Report on lock hospitals in British Burma
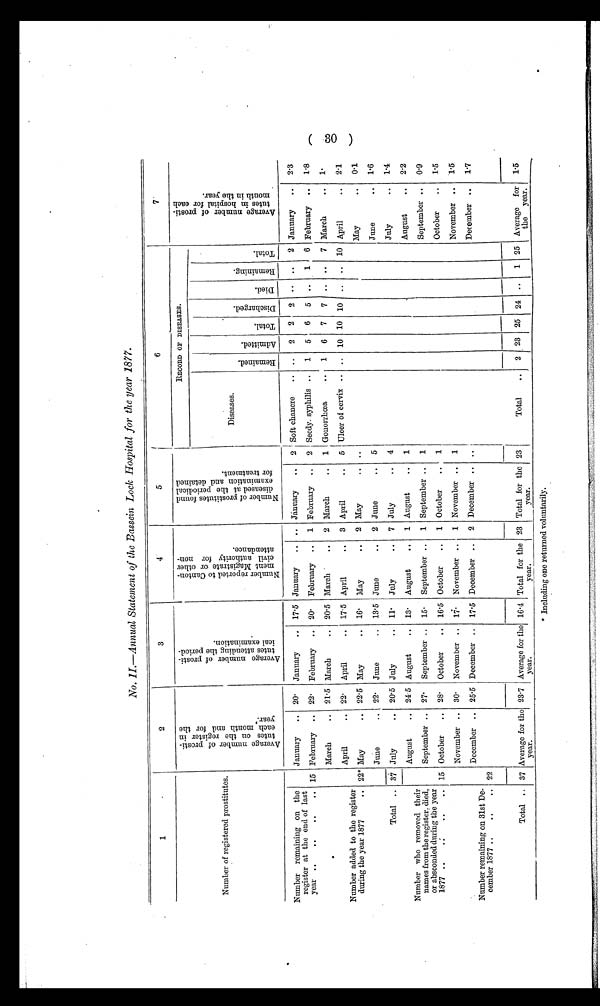
No. II.—Annual Statement of the Bassein Lock Hospital for the year 1877.
1
2
3
4
5
6
7
Number of registered prostitutes.
A v e r a g e n u m b e r o f p r o s t i - t u t e s o n t h e r e g i s t e r i n e a c h m o n t h a n d f o r t h e y e a r .
A v e r a g e n u m b e r o f p r o s t i - t u t e s a t t e n d i n g t h e p e r i o d - i c a l e x m i n a t i o n . t
N u m b e r r e p o r t e d t o C a n t o n - m e n t M a g i s t r a t e o r o t h e r C i v i l a u t h o r i t y f o r n o n - a t t e n d a n c e .
N u m b e r o f p r o s t i t u t e s f o u n d d i s e a e d a t t h e p e r o d i c a l e x m i n a t i o n a n d d e t a i n e d f o r t r e a t m e n t .
RECORD OF DI SEASES.
A v e r a g e n u m b e r o f p r o s t i - t u t e s i n h o s p i t a l f o r e a c h m o n t h i n t h e y e a r .
Di seases.
R e m a i n e d . Ad mi t t e d .
T o t a l .
D i s c h a r g e d .
D i e d .
Re ma i n i n g .
T o t a l .
Number remaining on the
register at the end of last
year
15
January .. 20' January .. 17.5 January
. . . . January
. . 2
I Soft chancre
. . . . 2 2 2 . .
. . 2 January
. . 2.3
February
. . 1 February
. . 2 Seedy. syphilis . . 1 5 6 5
. . 1 6 February . . 1.8
February .. 22. February .. 20.
Number added to the register
during the year 1877
. .
March
. 21.5 March
.. 20.5 March
. . 2 March
. . 1 Gonorrhœa
. 1 6 7 7 . .
. . 7 March
. . 1.
April
.. 22. April
.. 17.5 April
. . 3 April
. . 5 Ulcer of cervix . . . . 10 10 10
. .
. . 10 April
. . 2.1
22* May
.. 22.5 May
.. 16. May
. 2 May
. . ..
May
. . 0.1
Total . . 37
June
.. 22. June
. . 13.5 June
. . 2 June
. 5
June
. . 1.6
July
20.5 July
.. 11. July
. . 7 July
. . 4
July
. . 1.4
August
.. 24-5 August
.. 13. August
. . 1 August
. . 1
August
. . 2.2
Number who removed their
names from the register, died,
or absconded during the year
1877 ..
. :
. .
. . 15
September ..
October
..
27.
28.
September ..
October
..
15.
16.5
September ..
October
. .
1
1
September ..
October
. .
1
1
September
October
. .
. .
0.9
1.5
November .. 30. November .. 17. November . . 1 November . . 1
November . . 1.5
December .. 25.5 December .. 17.5 December . . 2 December . . ..
December . . 1.7
Number remaining on 31st De-
cember 1877 ..
..
. . 22
Total . . 37 Average for the
y e a r .
23.7 Average for the
y e a r .
16.4 Total for the
y e a r .
23 Total for the
y e a r .
23
Total
.. 2 23 25 24 . . 1 25 Average for
the year.
1.5
* Including one returned voluntarily.
(30)